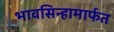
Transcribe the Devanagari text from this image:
भावसिन्हामार्फत